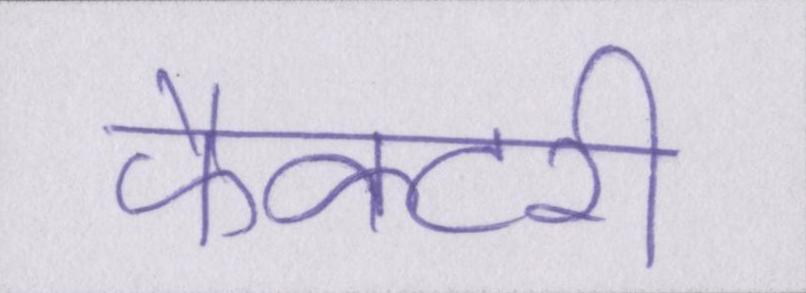
फैक्टरी